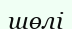
шөлі